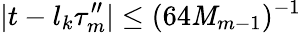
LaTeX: |t-l_{k}\tau_{m}^{\prime\prime}|\leq(64\mathit{M}_{m-1})^{-1}